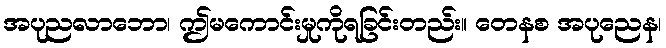
အပုညလာဘော၊ ဤမကောင်းမှုကိုရခြင်းတည်း။ တေနစ အပုညေန၊